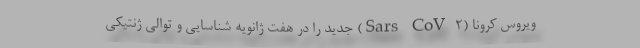
ویروس کرونا (Sars-CoV-۲) جدید را در هفت ژانویه شناسایی و توالی ژنتیکی